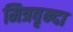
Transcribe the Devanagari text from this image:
मित्रवृन्दा